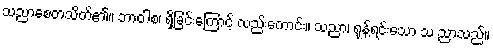
သညာစေတသိတ်၏။ ဘာဝါစ၊ ရှိခြင်းကြောင့် လည်းကောင်း။ သညာ၊ ရုန့်ရင်းသော သ ညာသည်။